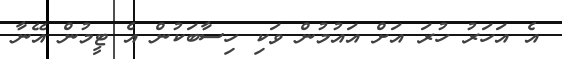
އެ އަހަރު ހުރަ އަށް އައުމުން ވަކި ހިސާބަކުން އެ ޓީމުން އޭނާ